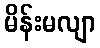
မိန်းမလျာ